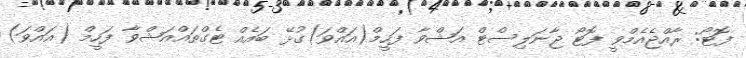
ފޮޓޯ: ރާއްޖެއެމްވީ ފޮޓޯ ޖާނަލިސްޓް އަޝްވާ ފަހީމް(އައްވަ)ގުޅޭ ބައެއް ޓެގްތައްއަޝްވާ ފަހީމް (އައްވަ)